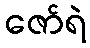
ဇော်ရဲ